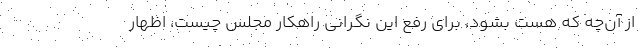
از آن‌چه که هست بشود، برای رفع این نگرانی راهکار مجلس چیست، اظهار